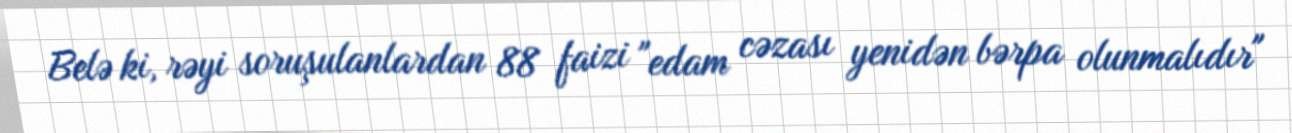
Belə ki, rəyi soruşulanlardan 88 faizi "edam cəzası yenidən bərpa olunmalıdır"